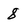
Character: 8